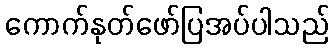
ကောက်နုတ်ဖော်ပြအပ်ပါသည်